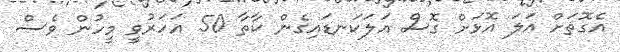
އެގޮތަށް އަލަ އޮޅަށް ގޮސް އަލަކަނޑައިގެން ކާތާ 50 އަހަރުވީ މީހުން ވެސް